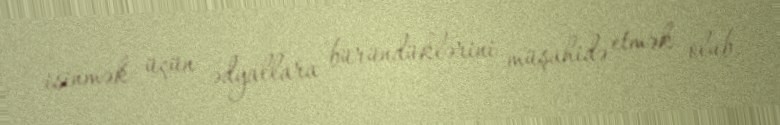
isinmək üçün ədyallara büründüklərini müşahidə etmək olub.